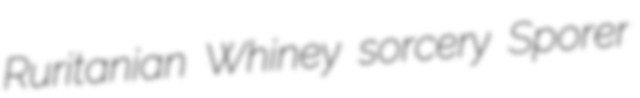
Ruritanian Whiney sorcery Sporer